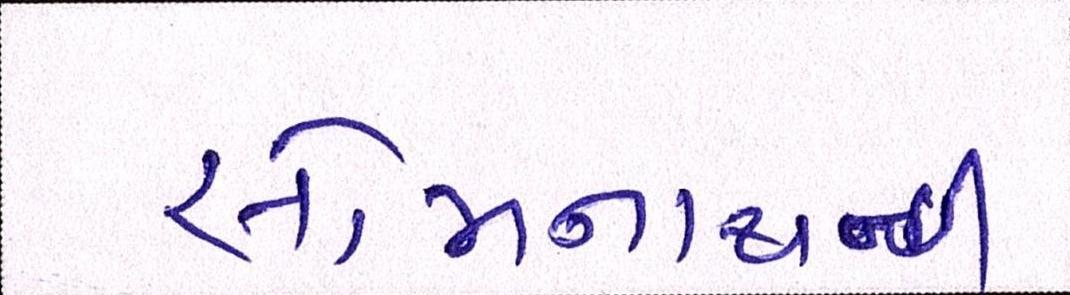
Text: સોમનાથથી